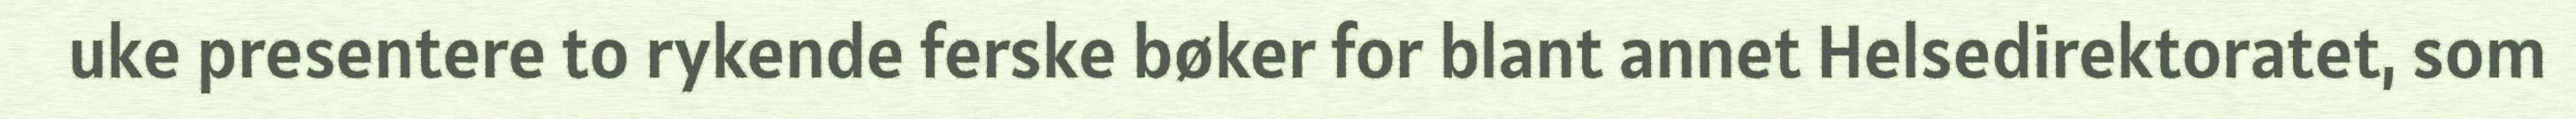
uke presentere to rykende ferske bøker for blant annet Helsedirektoratet, som